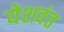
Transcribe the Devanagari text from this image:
येशवंत